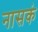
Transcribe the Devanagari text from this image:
नासकं